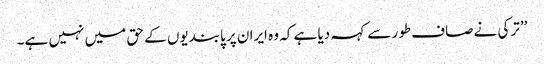
’’ترکی نے صاف طور سے کہہ دیا ہے کہ وہ ایران پر پابندیوں کے حق میں نہیں ہے۔